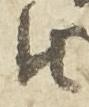
由